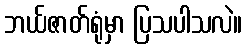
ဘယ်ဇာတ်ရုံမှာ ပြသပါသလဲ။